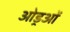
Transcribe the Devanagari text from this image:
ओड्रओं